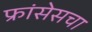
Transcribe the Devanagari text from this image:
फ्रांसेसचा